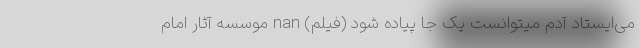
می‌ایستاد آدم میتوانست یک جا پیاده شود (فیلم) nan موسسه آثار امام